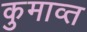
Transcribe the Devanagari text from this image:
कुमाव्त